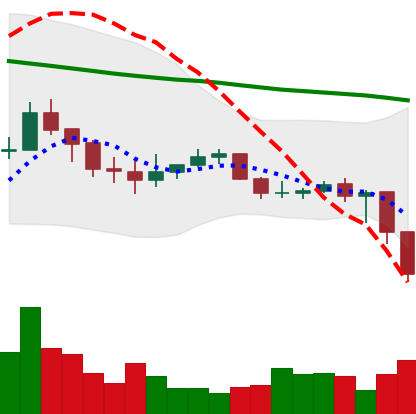
Ticker: ADA-USD
Chart end date: 2019-12-17
Forward return: 8.384%
Label: up_7plus